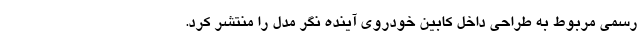
رسمی مربوط به طراحی داخل کابین خودروی آینده نگر مدل را منتشر کرد.